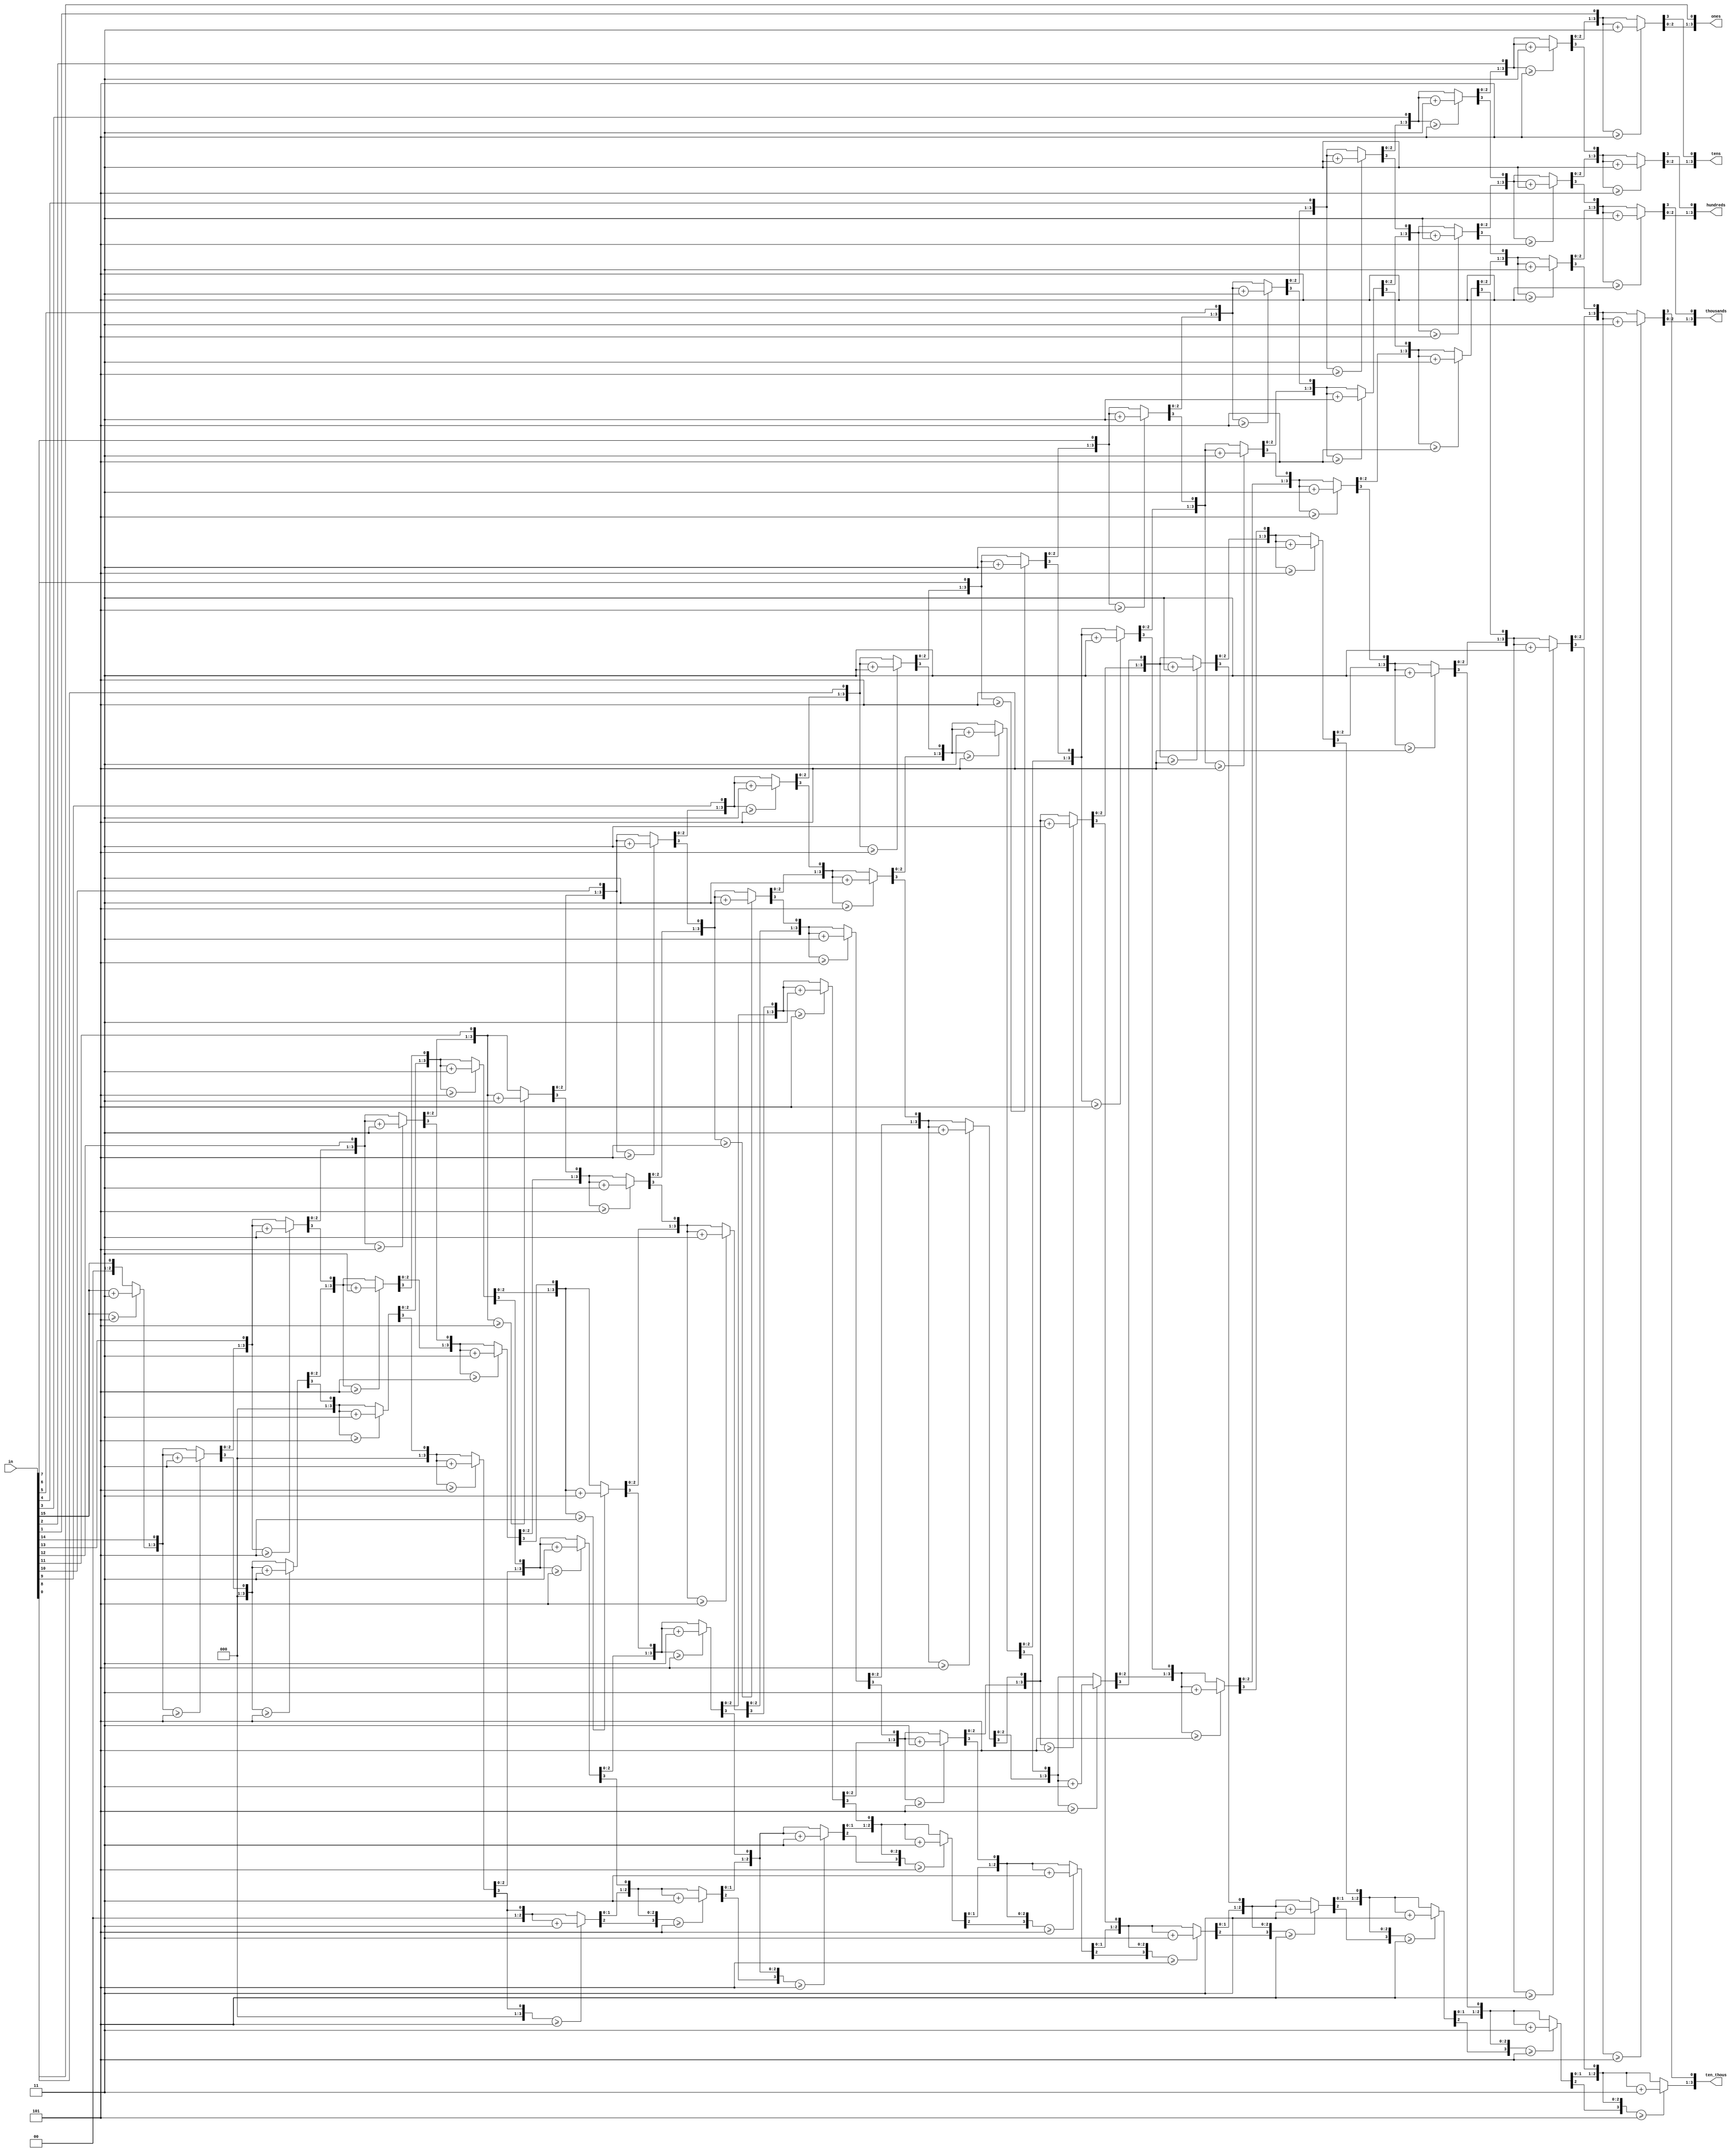
//--------Binary to Binary-Coded Decimal (BCD)---------//
module BCD2(ten_thous,thousands,hundreds,tens,ones,in);
input [15:0] in;
output reg [3:0] ten_thous,thousands,hundreds, tens, ones;

// Internal variable for storing bits
reg [35:0] shift;   // 15+5*4=35
integer i;

always @(in) begin
	// Clear previous number and store new number in shift
	shift[35:16]=  0;
	shift[15:0]  = in;
	
	// Loop 16 times  // bit number of in
	for (i=0;i<16;i=i+1) begin
		if(shift[19:16]>=5) 	shift[19:16]=shift[19:16]+3;
		if(shift[23:20]>=5)	shift[23:20]=shift[23:20]+3;
		if(shift[27:24]>=5)	shift[27:24]=shift[27:24]+3;
		if(shift[31:28]>=5)	shift[31:28]=shift[31:28]+3;
		if(shift[35:32]>=5)	shift[35:32]=shift[35:32]+3;
			
		// Shift entire register left once
		shift = shift<<1;
	end
	
	// Push decimal numbers to output
	ones		= shift[19:16];
	tens		= shift[23:20];
	hundreds	= shift[27:24];
	thousands= shift[31:28];
	ten_thous= shift[35:32];
end

endmodule